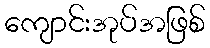
ကျောင်းအုပ်အဖြစ်